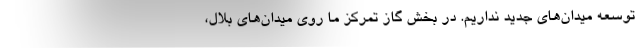
توسعه میدان‌های جدید نداریم. در بخش گاز تمرکز ما روی میدان‌های بلال،